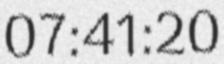
07:41:20